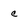
Character: c